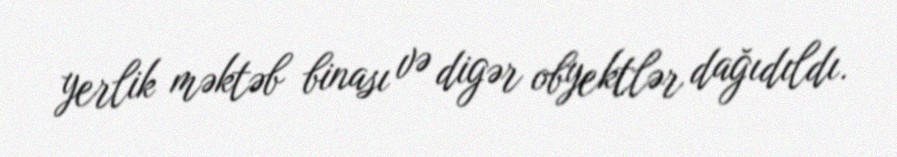
yerlik məktəb binası və digər obyektlər dağıdıldı.